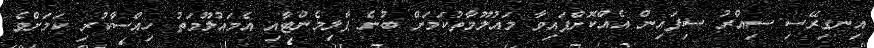
އިނގިރޭސި ސިއްރު ސިފައިން އެއްކޮށްފައިވާ މައުލޫމާތުކަމަށް ބުނެ ޕާލިމެންޓާއި އެމައުލޫމަތު ހިއްސާކުރި ކަމަށްވެ